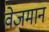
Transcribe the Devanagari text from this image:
वेजमान